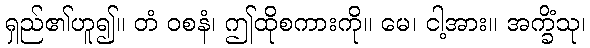
ရှည်၏ဟူ၍။ တံ ဝစနံ၊ ဤထိုစကားကို။ မေ၊ ငါ့အား။ အက္ခိံသု၊